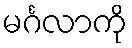
မင်္ဂလာကို